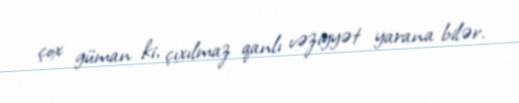
çox güman ki, çıxılmaz qanlı vəziyyət yarana bilər.